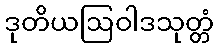
ဒုတိယဩဝါဒသုတ္တံ